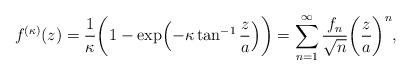
LaTeX: \begin{align*}f^{(\kappa)}(z)=\frac{1}{\kappa}\biggl(1-\exp\Bigl(-\kappa\tan^{-1}\frac{z}{a}\Bigr)\biggr)=\sum_{n=1}^\infty\frac{f_n}{\sqrt{n}}\biggl(\frac{z}{a}\biggr)^n,\end{align*}